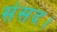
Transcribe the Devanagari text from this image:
संसद।